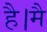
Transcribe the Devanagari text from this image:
है।मै